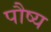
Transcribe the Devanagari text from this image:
पौष्य